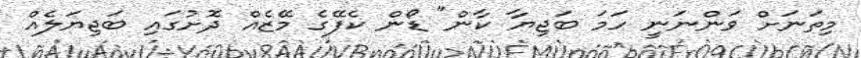
މިތަނަށް ވަންނަނީ ހަމަ ބަޖިޔާ ކާން" ޑޯން ކެފޭގެ މޭޒެއް ދޮށުގައި ބަޖިޔަލެއް